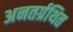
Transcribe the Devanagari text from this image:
अनतर्ग्रथित